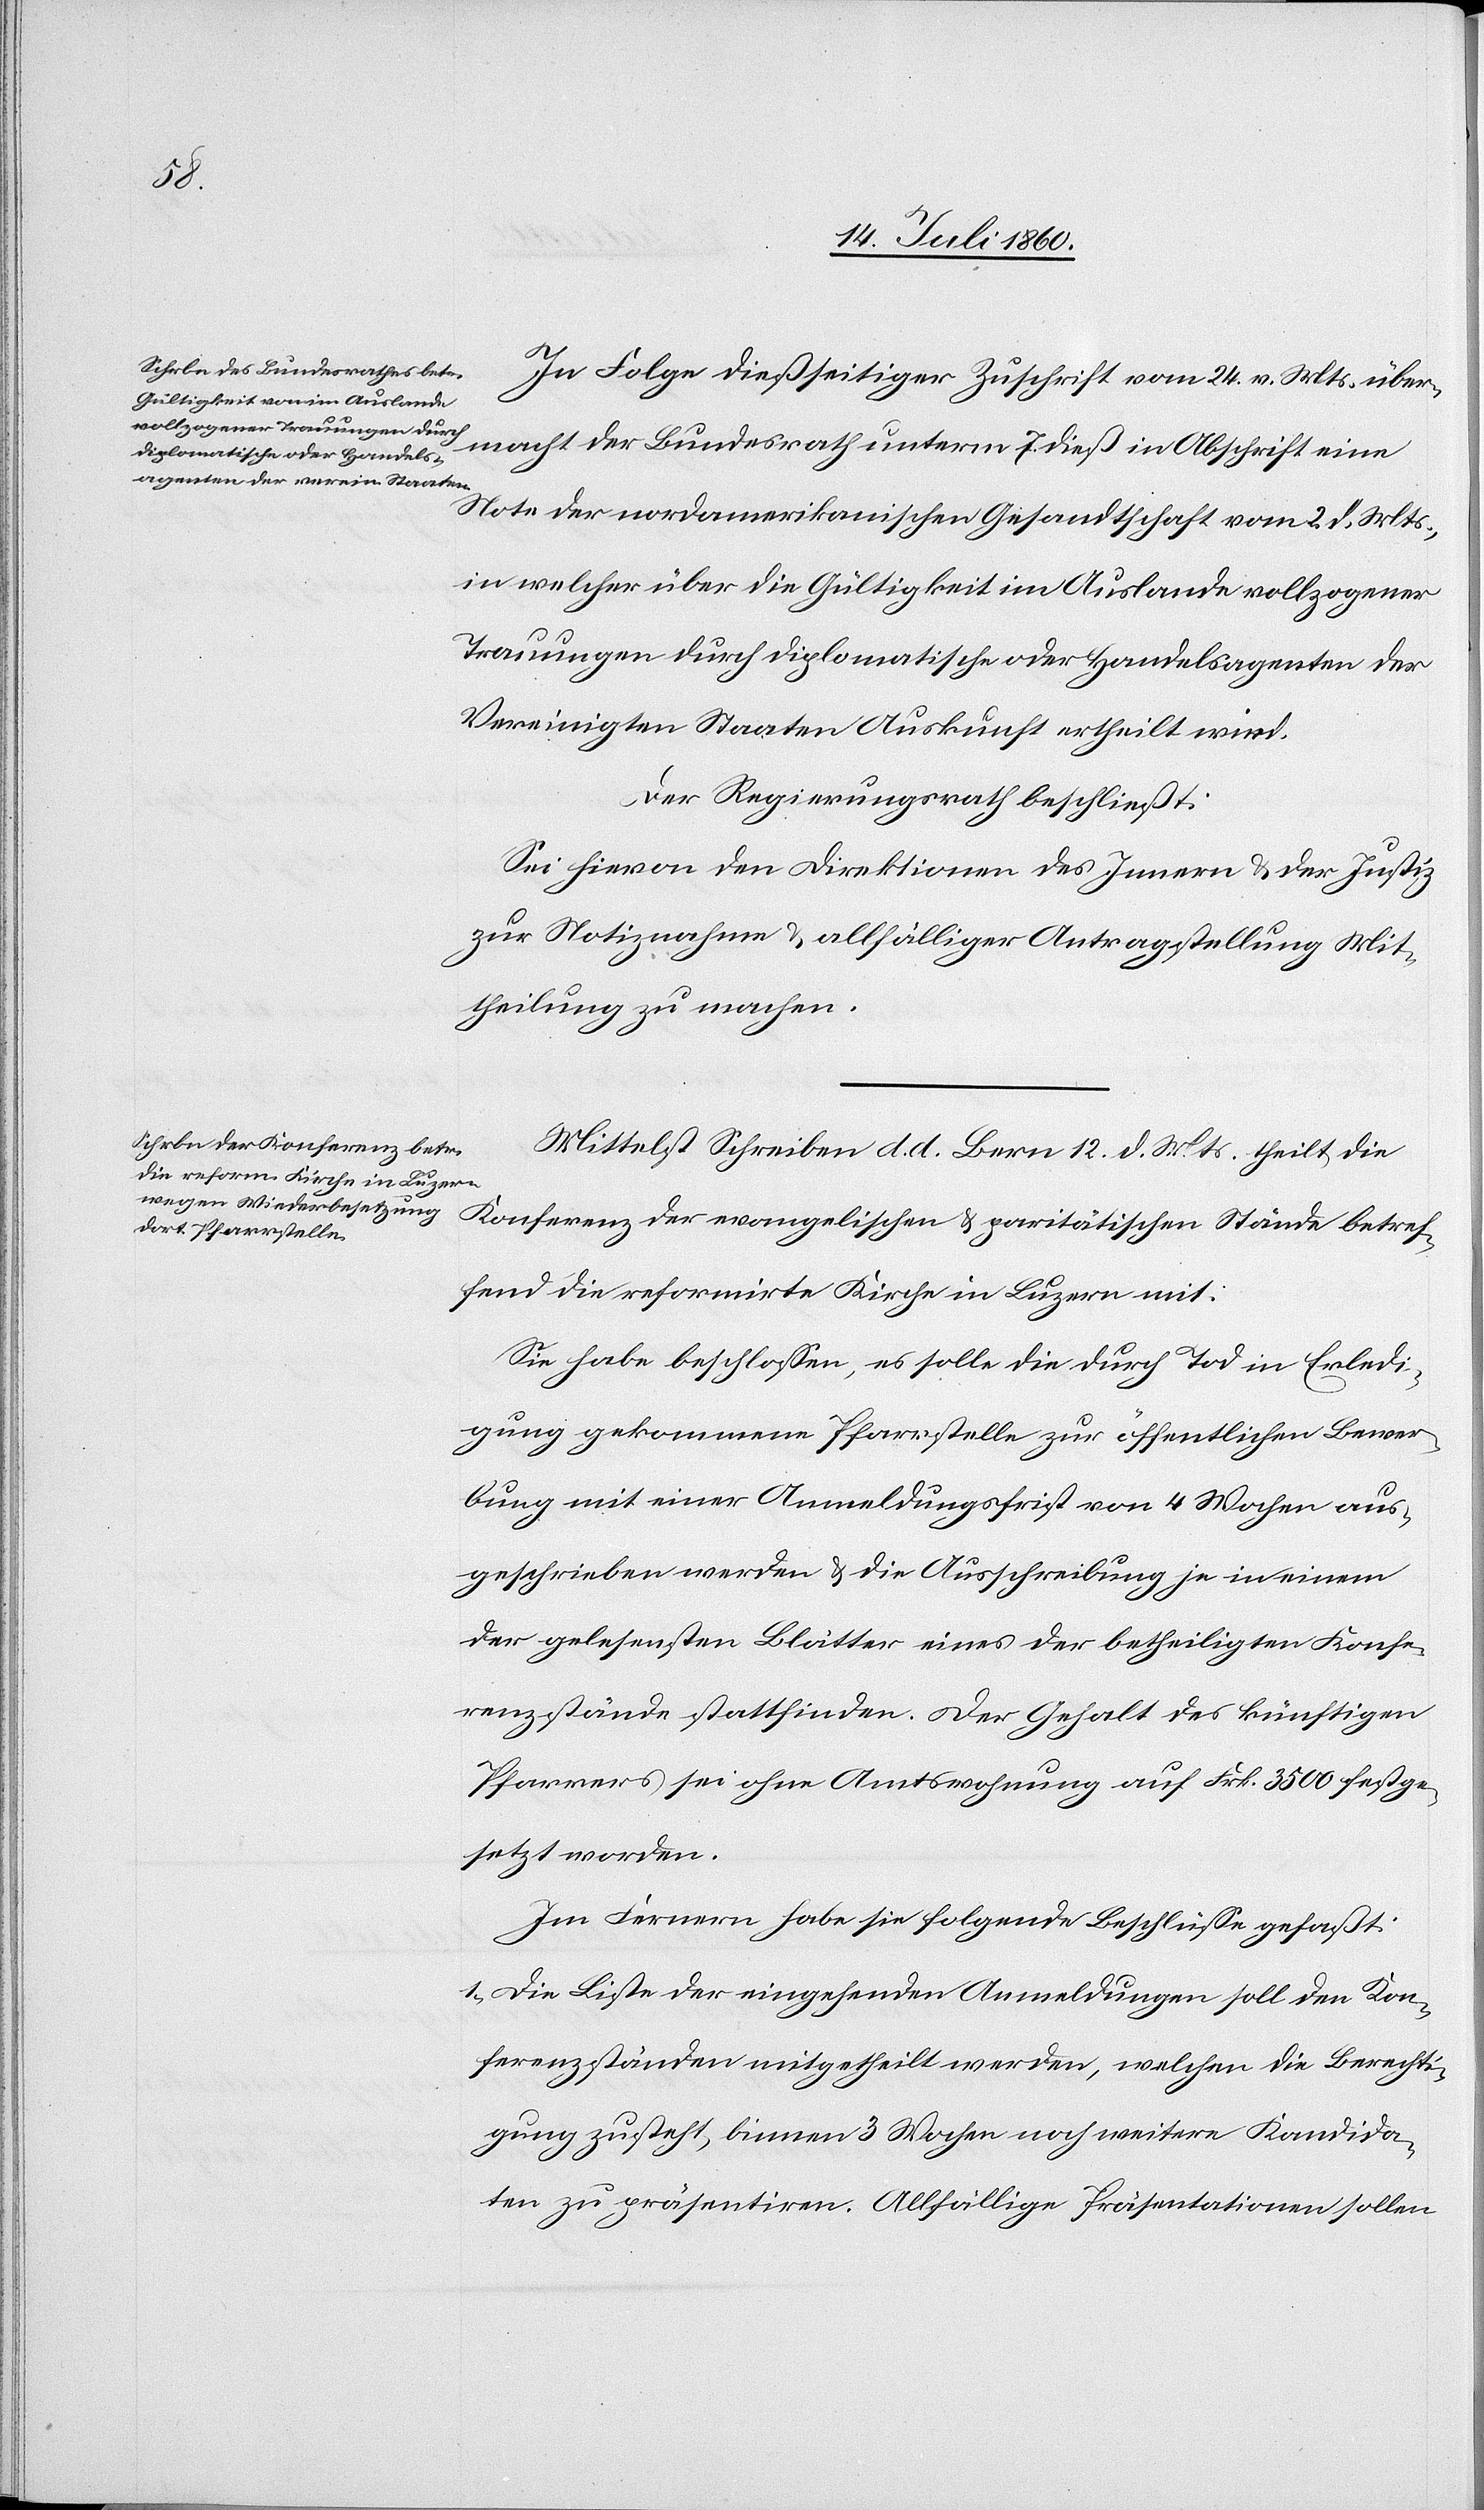
In Folge dießseitiger Zuschrift vom 24. v. Mts. über¬
macht der Bundesrath unterm 7. dieß in Abschrift eine
Note der nordamerikanischen Gesandtschaft vom 2. d. Mts.,
in welcher über die Gültigkeit im Auslande vollzogener
Trauungen durch diplomatische oder Handelsagenten der
Vereinigten Staaten Auskunft ertheilt wird.
Der Regierungsrath beschließt:
Sei hievon den Direktionen des Innern & der Justiz
zur Notiznahme & allfälliger Antragstellung Mit¬
theilung zu machen.
Mittelst Schreiben d. d. Bern 12. d. Mts. theilt die
Konferenz der evangelischen & paritätischen Stände betref¬
fend die reformirte Kirche in Luzern mit:
Sie habe beschlossen, es solle die durch Tod in Erledi¬
gung gekommene Pfarrstelle zur öffentlichen Bewer¬
bung mit einer Anmeldungsfrist von 4 Wochen aus¬
geschrieben werden & die Ausschreibung je in einem
der gelesensten Blätter eines der betheiligten Konfe¬
renzstände stattfinden. Der Gehalt des künftigen
Pfarrers sei ohne Amtswohnung auf Frk. 3500 festge¬
setzt worden.
Im Fernern habe sie folgende Beschlüsse gefaßt:
1. Die Liste der eingehenden Anmeldungen soll den Kon¬
ferenzständen mitgetheilt werden, welchen die Berechti¬
gung zusteht, binnen 3 Wochen noch weitere Kandida¬
ten zu präsentiren. Allfällige Präsentationen sollen